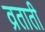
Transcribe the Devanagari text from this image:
व्रताती